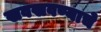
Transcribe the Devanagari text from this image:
खवखवण्याचे